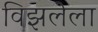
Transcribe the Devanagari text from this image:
विझलेला